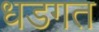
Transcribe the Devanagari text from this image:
धडगत